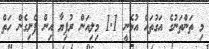
މި ތަންތަނުގެ އަގުތައް އުޅެނީ 1.1 މިލިއަން ރުފިޔާ އިން ފެށިގެން ހަތް